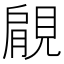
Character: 𧡌